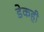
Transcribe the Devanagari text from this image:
डेकही